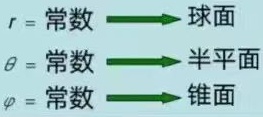
$r = \text{常数} \longrightarrow$ 球面

$\theta = \text{常数} \longrightarrow$ 半平面

$\varphi = \text{常数} \longrightarrow$ 锥面